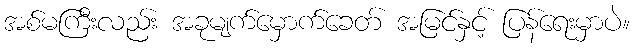
အစ်မကြီးလည်း အခုမျက်မှောက်ခေတ် အမြင်နှင့် ပြန်ရေးမှာပဲ။